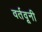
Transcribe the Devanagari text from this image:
वर्तवूनी